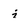
Character: i